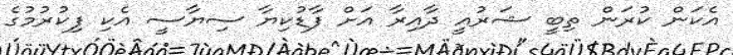
އެކަން ކުރަން ތިބީ ޝަރުއީ ދާއިރާ އަށް ފާޑުކިޔާ ސިޔާސީ އެކި ފިކުރުމުގެ